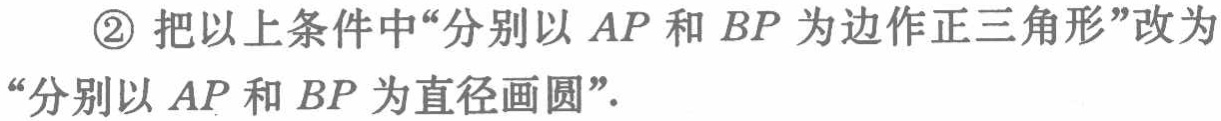
\textcircled{2} 把以上条件中“分别以 \(AP\) 和 \(BP\) 为边作正三角形”改为“分别以 \(AP\) 和 \(BP\) 为直径画圆”.